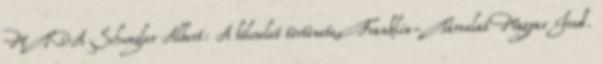
MTDA Schwegler Albert: A bölcselet története, Franklin-Társulat Magyar Irod.